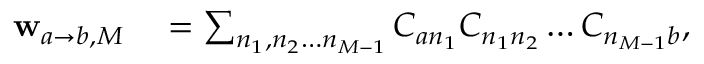
\begin{array} { r l } { \mathbf { w } _ { a \rightarrow b , M } } & { { } = \sum _ { n _ { 1 } , n _ { 2 } \ldots n _ { M - 1 } } { C _ { a n _ { 1 } } C _ { n _ { 1 } n _ { 2 } } \ldots C _ { n _ { M - 1 } b } } , } \end{array}